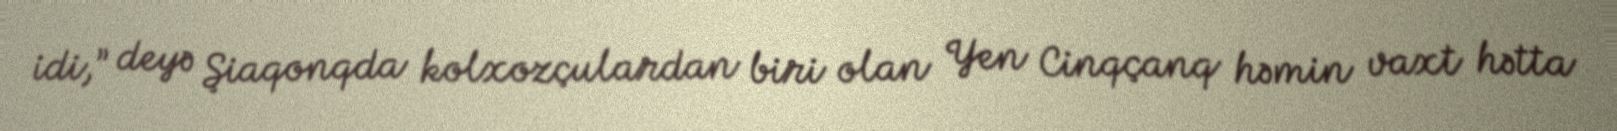
idi,” deyə Şiaqonqda kolxozçulardan biri olan Yen Cinqçanq həmin vaxt hətta